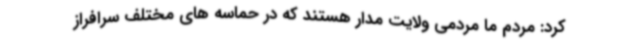
کرد: مردم ما مردمی ولایت مدار هستند که در حماسه های مختلف سرافراز